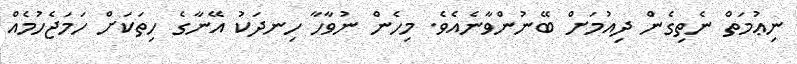
ނިޢުމަތް ނެތިގެން ދިއުމަށް ބޭނުންވާނެއެވެ. މިހެން ނުވާހާ ހިނދަކު އޭނާގެ ހިތަކަށް ހަމަޖެހުމެއް